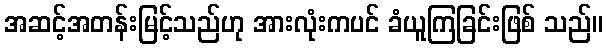
အဆင့်အတန်းမြင့်သည်ဟု အားလုံးကပင် ခံယူကြခြင်းဖြစ် သည်။